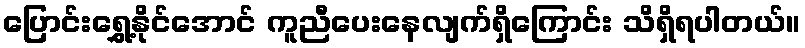
ပြောင်းရွှေ့နိုင်အောင် ကူညီပေးနေလျက်ရှိကြောင်း သိရှိရပါတယ်။